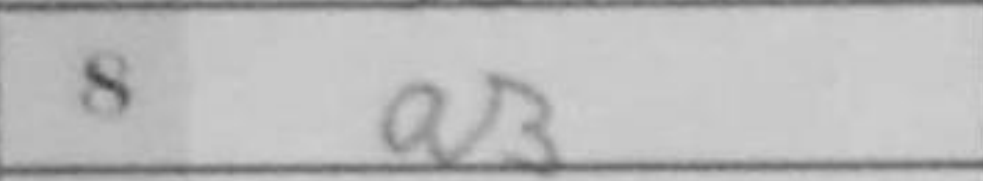
Transcription: a3